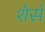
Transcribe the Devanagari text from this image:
शेर्स